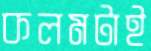
কলমটাই